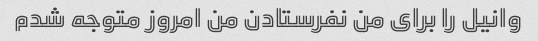
وانیل را برای من نفرستادن من امروز متوجه شدم